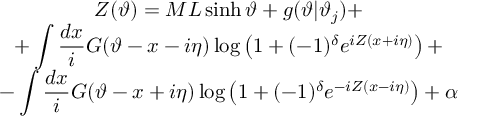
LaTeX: \begin{array} { c } { { \displaystyle Z ( \vartheta ) = { \cal M } L \sinh \vartheta + g ( \vartheta | \vartheta _ { j } ) + } } \\ { { + \displaystyle \int \displaystyle \frac { d x } { i } G ( \vartheta - x - i \eta ) \log \left( 1 + ( - 1 ) ^ { \delta } e ^ { i Z ( x + i \eta ) } \right) + } } \\ { { - \displaystyle \int \displaystyle \frac { d x } { i } G ( \vartheta - x + i \eta ) \log \left( 1 + ( - 1 ) ^ { \delta } e ^ { - i Z ( x - i \eta ) } \right) + \alpha } } \end{array}